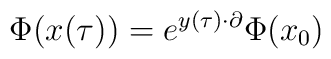
\Phi(x(\tau)) = e^{y(\tau)\cdot \partial} \Phi(x_0)